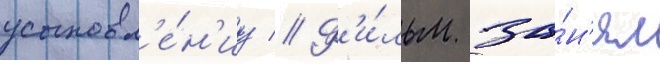
усыновл'е́н'иу // Ф'и́льм за́н'ял